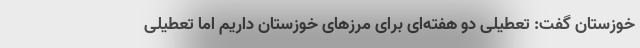
خوزستان گفت: تعطیلی دو هفته‌ای برای مرزهای خوزستان داریم اما تعطیلی